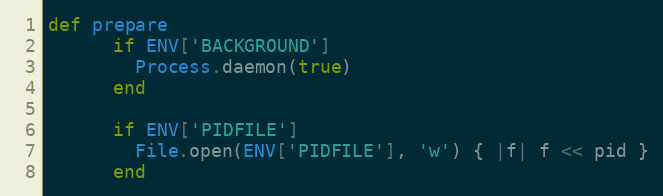
Language: Ruby
def prepare
      if ENV['BACKGROUND']
        Process.daemon(true)
      end

      if ENV['PIDFILE']
        File.open(ENV['PIDFILE'], 'w') { |f| f << pid }
      end